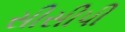
સીસીપી